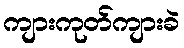
ကျားကုတ်ကျားခဲ